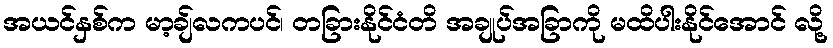
အယင်နှစ်က မာ့ချ်လကပင်၊ တခြားနိုင်ငံတိ အချုပ်အခြာကို မထိပါးနိုင်အောင် လို့